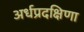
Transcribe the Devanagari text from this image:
अर्धप्रदक्षिणा